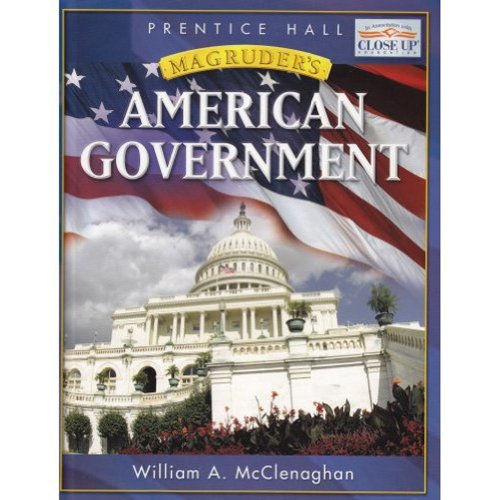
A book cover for Magruder's American Government; PRENTICE HALL; Teen & Young Adult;